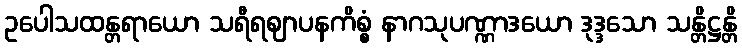
ဥပေါသထန္တရာယော သရီရဈာပနကိစ္စံ နာဂသုပဏ္ဏာဒယော ဒုဒ္ဒသော သန္တိဋ္ဌန္တိ